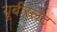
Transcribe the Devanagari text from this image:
यूबीस्लेट